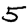
Digit: 5